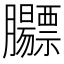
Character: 𬛡